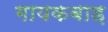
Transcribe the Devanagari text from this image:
गायकबाड़